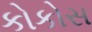
કોકોસ